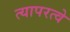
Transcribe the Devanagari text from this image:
त्यापरत्वे